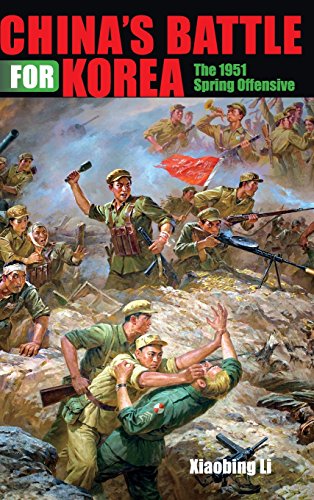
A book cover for China's Battle for Korea: The 1951 Spring Offensive (Twentieth-Century Battles); Xiaobing Li; History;